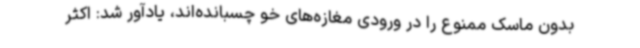
بدون ماسک ممنوع را در ورودی مغازه‌های خو چسبانده‌اند، یادآور شد: اکثر